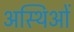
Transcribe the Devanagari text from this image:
अस्थिओं